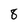
Character: 8